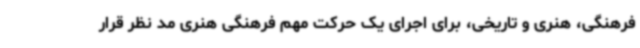
فرهنگی، هنری و تاریخی، برای اجرای یک حرکت مهم فرهنگی هنری مد نظر قرار